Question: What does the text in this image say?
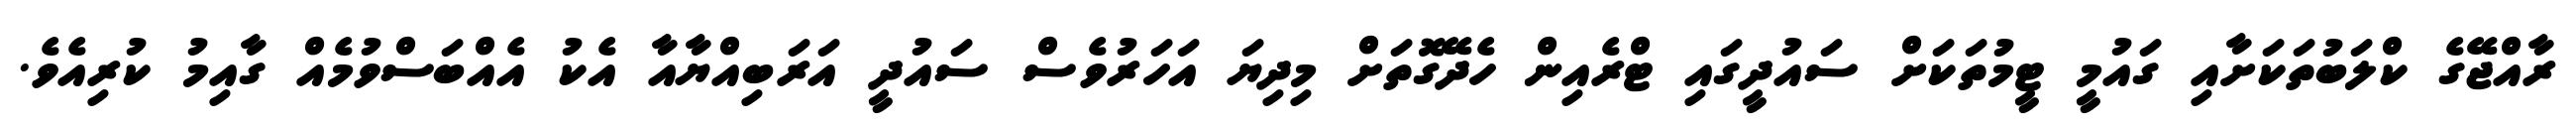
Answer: ރާއްޖޭގެ ކްލަބުތަކަށާއި ގައުމީ ޓީމުތަކަށް ސައުދީގައި ޓްރެއިން ހެދޭގޮތަށް މިދިޔަ އަހަރުވެސް ސައުދީ އަރަބިއްޔާއާ އެކު އެއްބަސްވުމެއް ގާއިމު ކުރިއެވެ.